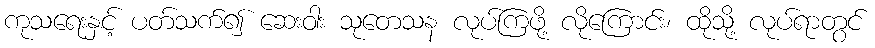
ကုသရေးနှင့် ပတ်သက်၍ ဆေးဝါး သုတေသန လုပ်ကြဖို့ လိုကြောင်း၊ ထိုသို့ လုပ်ရာတွင်